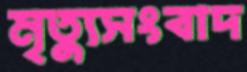
মৃত্যুসংবাদ